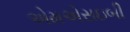
એમએસઇબી